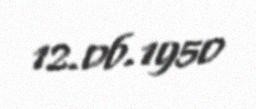
12.06.1950